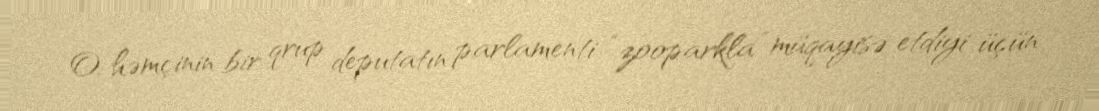
O, həmçinin bir qrup deputatın parlamenti “zooparkla” müqayisə etdiyi üçün